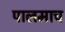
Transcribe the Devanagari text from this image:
पालमाच